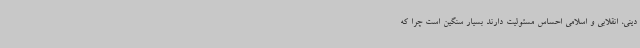
دینی، انقلابی و اسلامی احساس مسئولیت دارند بسیار سنگین است چرا که